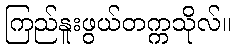
ကြည်နူးဖွယ်တက္ကသိုလ်။